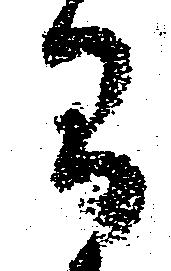
間